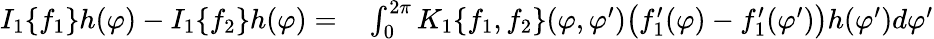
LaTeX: \begin{array}{rl}{I_{1}\{ f_{1}\} h(\varphi)-I_{1}\{ f_{2}\} h(\varphi)=}&{{}\int_{0}^{2\pi}K_{1}\{ f_{1},f_{2}\} (\varphi,\varphi^{\prime})\big(f_{1}^{\prime}(\varphi)-f_{1}^{\prime}(\varphi^{\prime})\big)h(\varphi^{\prime})d\varphi^{\prime}}\end{array}